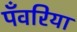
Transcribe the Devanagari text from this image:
पँवरिया